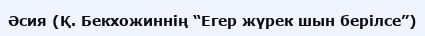
Әсия (Қ. Бекхожиннің “Егер жүрек шын берілсе”)